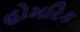
હોમરિક